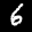
Label: 6